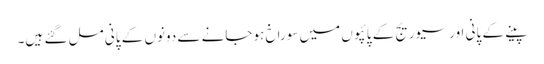
پینے کے پانی اور سیوریج کے پائپوں میں سوراخ ہوجانے سے دونوں کے پانی مل گئے ہیں۔